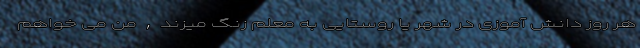
هر روز دانش آموزی در شهر یا روستایی به معلم زنگ میزند , من می خواهم